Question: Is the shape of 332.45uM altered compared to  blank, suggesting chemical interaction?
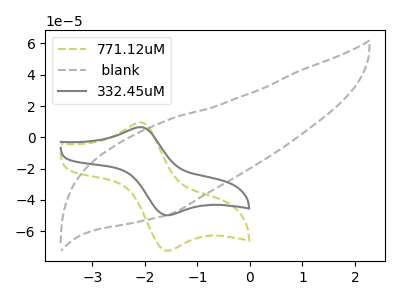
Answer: <think>The olive dashed curve "771.12uM" has an anodic peak at (-2.05V, 9.50uA) and a cathodic peak at (-1.60V, -72.45uA). The gray dashed curve " blank" has no peaks. The gray curve "332.45uM" has an anodic peak at (-2.05V, 6.50uA) and a cathodic peak at (-1.60V, -49.75uA).
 "332.45uM" and " blank" have a different number of peaks.</think>
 <answer>Yes, "332.45uM" and " blank" are different in shape.</answer>
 <eval>yes_change</eval>